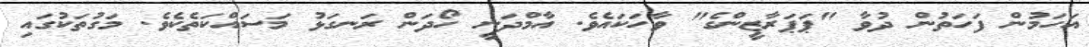
އަހަމުން ފަހަތުން ދުވާ "ޕަޕަރާޒީންގެ" ވާހަކައެވެ. އާމްދަނީ ހޯދަން ރަނގަޅު މަސައްކަތެކެވެ. މަގުތަކުގައި